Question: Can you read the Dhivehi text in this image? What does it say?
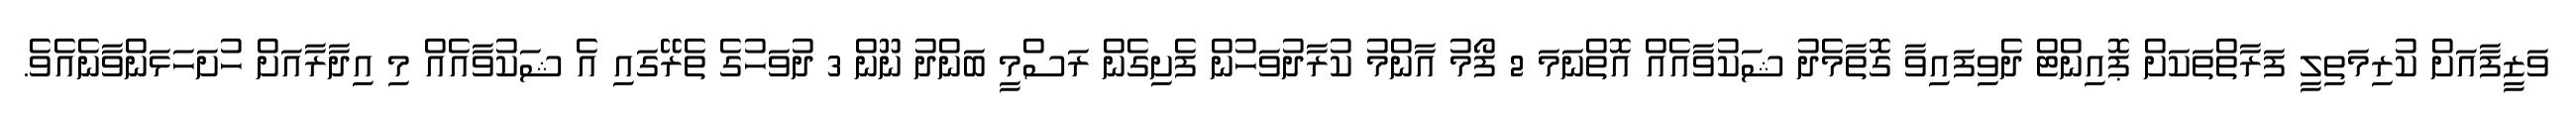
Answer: ވަޒީފާއަށް ކުރިމަތިލީ ފަރާތްތަކަށް ޕޮއިންޓް ދެވިފައިވާ ގޮތާމެދު ޝަކުވާއެއް އޮތްނަމަ 2 ފޯމު އާންމު ކުރާދުވަހުން ފެށިގެން ރަސްމީ ބަންދު ނޫން 3 ދުވަހުގެ ތެރޭގައި އެ ޝަކުވާއެއް މި އިދާރާއަށް ހުށަހަޅަންވާނެއެވެ.